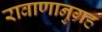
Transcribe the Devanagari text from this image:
रावाणानुग्रह